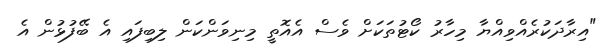
"އިރާދަކުރެއްވިއްޔާ މިހާރު ކޯޓުތަކަށް ވެސް އެއޮތީ މިނިވަންކަން ލިބިފައި އެ ބޭފުޅުން އެ